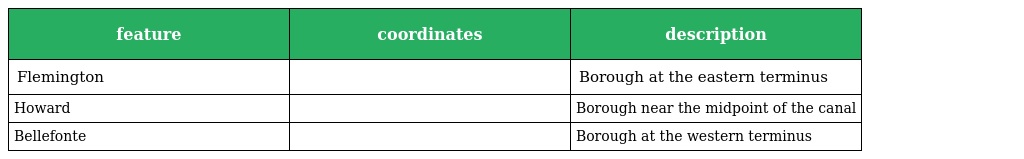
| feature | coordinates | description |
 | --- | --- | --- |
 | Flemington |  | Borough at the eastern terminus |
 | Howard |  | Borough near the midpoint of the canal |
 | Bellefonte |  | Borough at the western terminus |